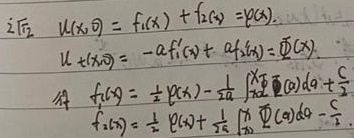
已知
\[
\begin{align*}
& U(x,\omega)=f_1(x)+f_2(x)=\varphi(x),\\
& U_t+(x,\omega)= -af_1^{\prime}(x)+ af_2^{\prime}(x)=\varPhi(x).
\end{align*}
\]
得
\[
\begin{align*}
& f_1(x)=\frac{1}{2}\varphi(x)-\frac{1}{2a}\int_{x_0}^{x}\varPhi(\alpha)\mathrm{d}\alpha+\frac{c}{2}\\
& f_2(x)=\frac{1}{2}\varphi(x)+\frac{1}{2a}\int_{x_0}^{x}\varPhi(\alpha)\mathrm{d}\alpha-\frac{c}{2}.
\end{align*}
\]